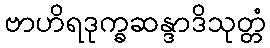
ဗာဟိရဒုက္ခဆန္ဒာဒိသုတ္တံ